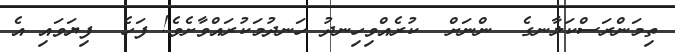
ތިމަންރަސްކަލާނގެ  ންނަށް  ކުރެއްވިހިނދު ހަނދުމަކުރައްވާށެވެ! ފަހެ  ފިޔަވައި އެ